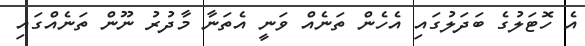
އެ ހޮޓަލުގެ ބަދަލުގައި އެހެން ތަނެއް ވަނީ އެތަނާ މާދުރު ނޫން ތަނެއްގައި